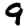
Digit: 9